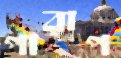
পারাপ